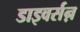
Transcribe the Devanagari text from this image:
डाइवर्सऩ